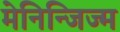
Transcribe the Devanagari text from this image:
मेनिन्जिज्म